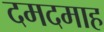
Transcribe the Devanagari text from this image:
दमदमाह